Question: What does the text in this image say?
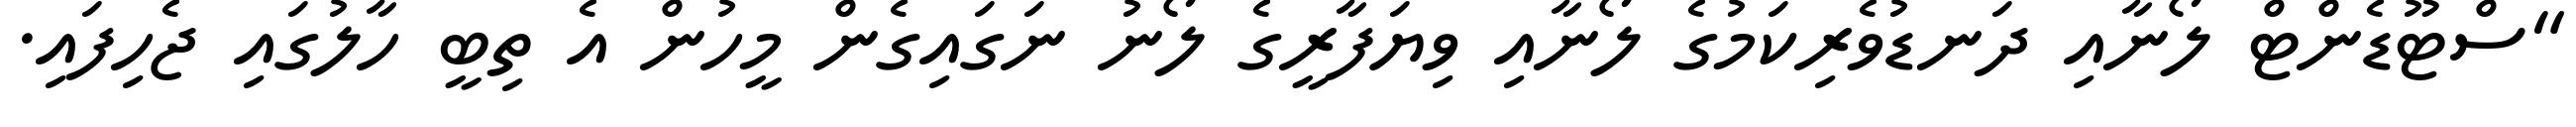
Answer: "ސްޓޫޑެންޓް ލޯނާއި ދަނޑުވެރިކަމުގެ ލޯނާއި ވިޔަފާރީގެ ލޯނު ނަގައިގެން މީހުން އެ ތިބީ ހާލުގައި ޖެހިފައި.